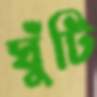
ঘুঁটি